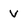
Character: V